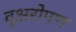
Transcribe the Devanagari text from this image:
वृक्षरोपण